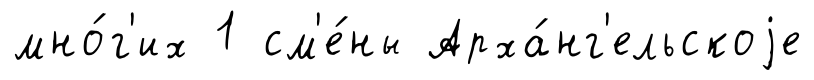
мно́г'их 1 см'е́ны Арха́нг'ельскоjе